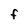
Character: F